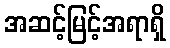
အဆင့်မြင့်အရာရှိ